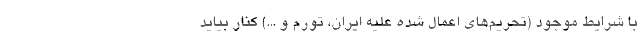
با شرایط موجود (تحریم‌های اعمال شده علیه ایران، تورم و ...) کنار بیاید